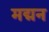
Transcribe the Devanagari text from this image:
मद्मन